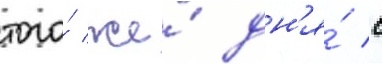
того́ же́ дн'я́ с